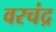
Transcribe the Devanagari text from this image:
वरचंद्र